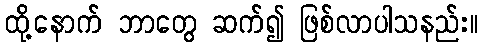
ထို့နောက် ဘာတွေ ဆက်၍ ဖြစ်လာပါသနည်း။